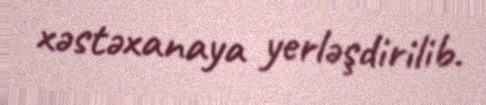
xəstəxanaya yerləşdirilib.